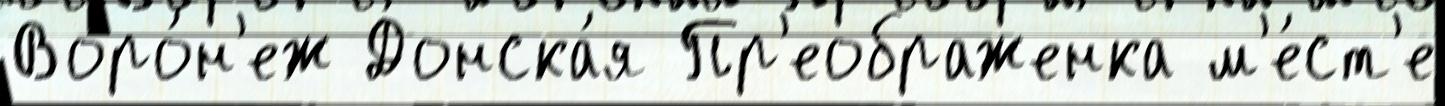
Воро́н'еж Донска́я Пр'еображенка м'е́ст'е